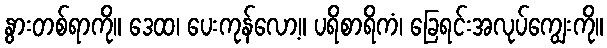
နွားတစ်ရာကို။ ဒေထ၊ ပေးကုန်လော့။ ပရိစာရိကံ၊ ခြေရင်းအလုပ်ကျွေးကို။